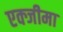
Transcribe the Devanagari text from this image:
एक्जीमा